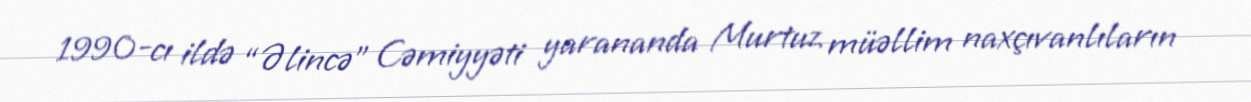
1990-cı ildə “Əlincə” Cəmiyyəti yarananda Murtuz müəllim naxçıvanlıların